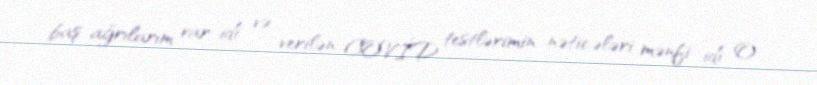
baş ağrılarım var idi və verilən COVİD testlərimin nəticələri mənfi idi. O